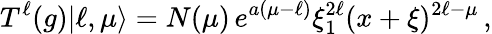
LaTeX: T^{\ell}(g)|\ell,\mu\rangle=N(\mu)\, e^{a(\mu-\ell)}\xi_{1}^{2\ell}(x+\xi)^{2\ell-\mu}\, ,